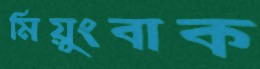
মিয়ুংবাক